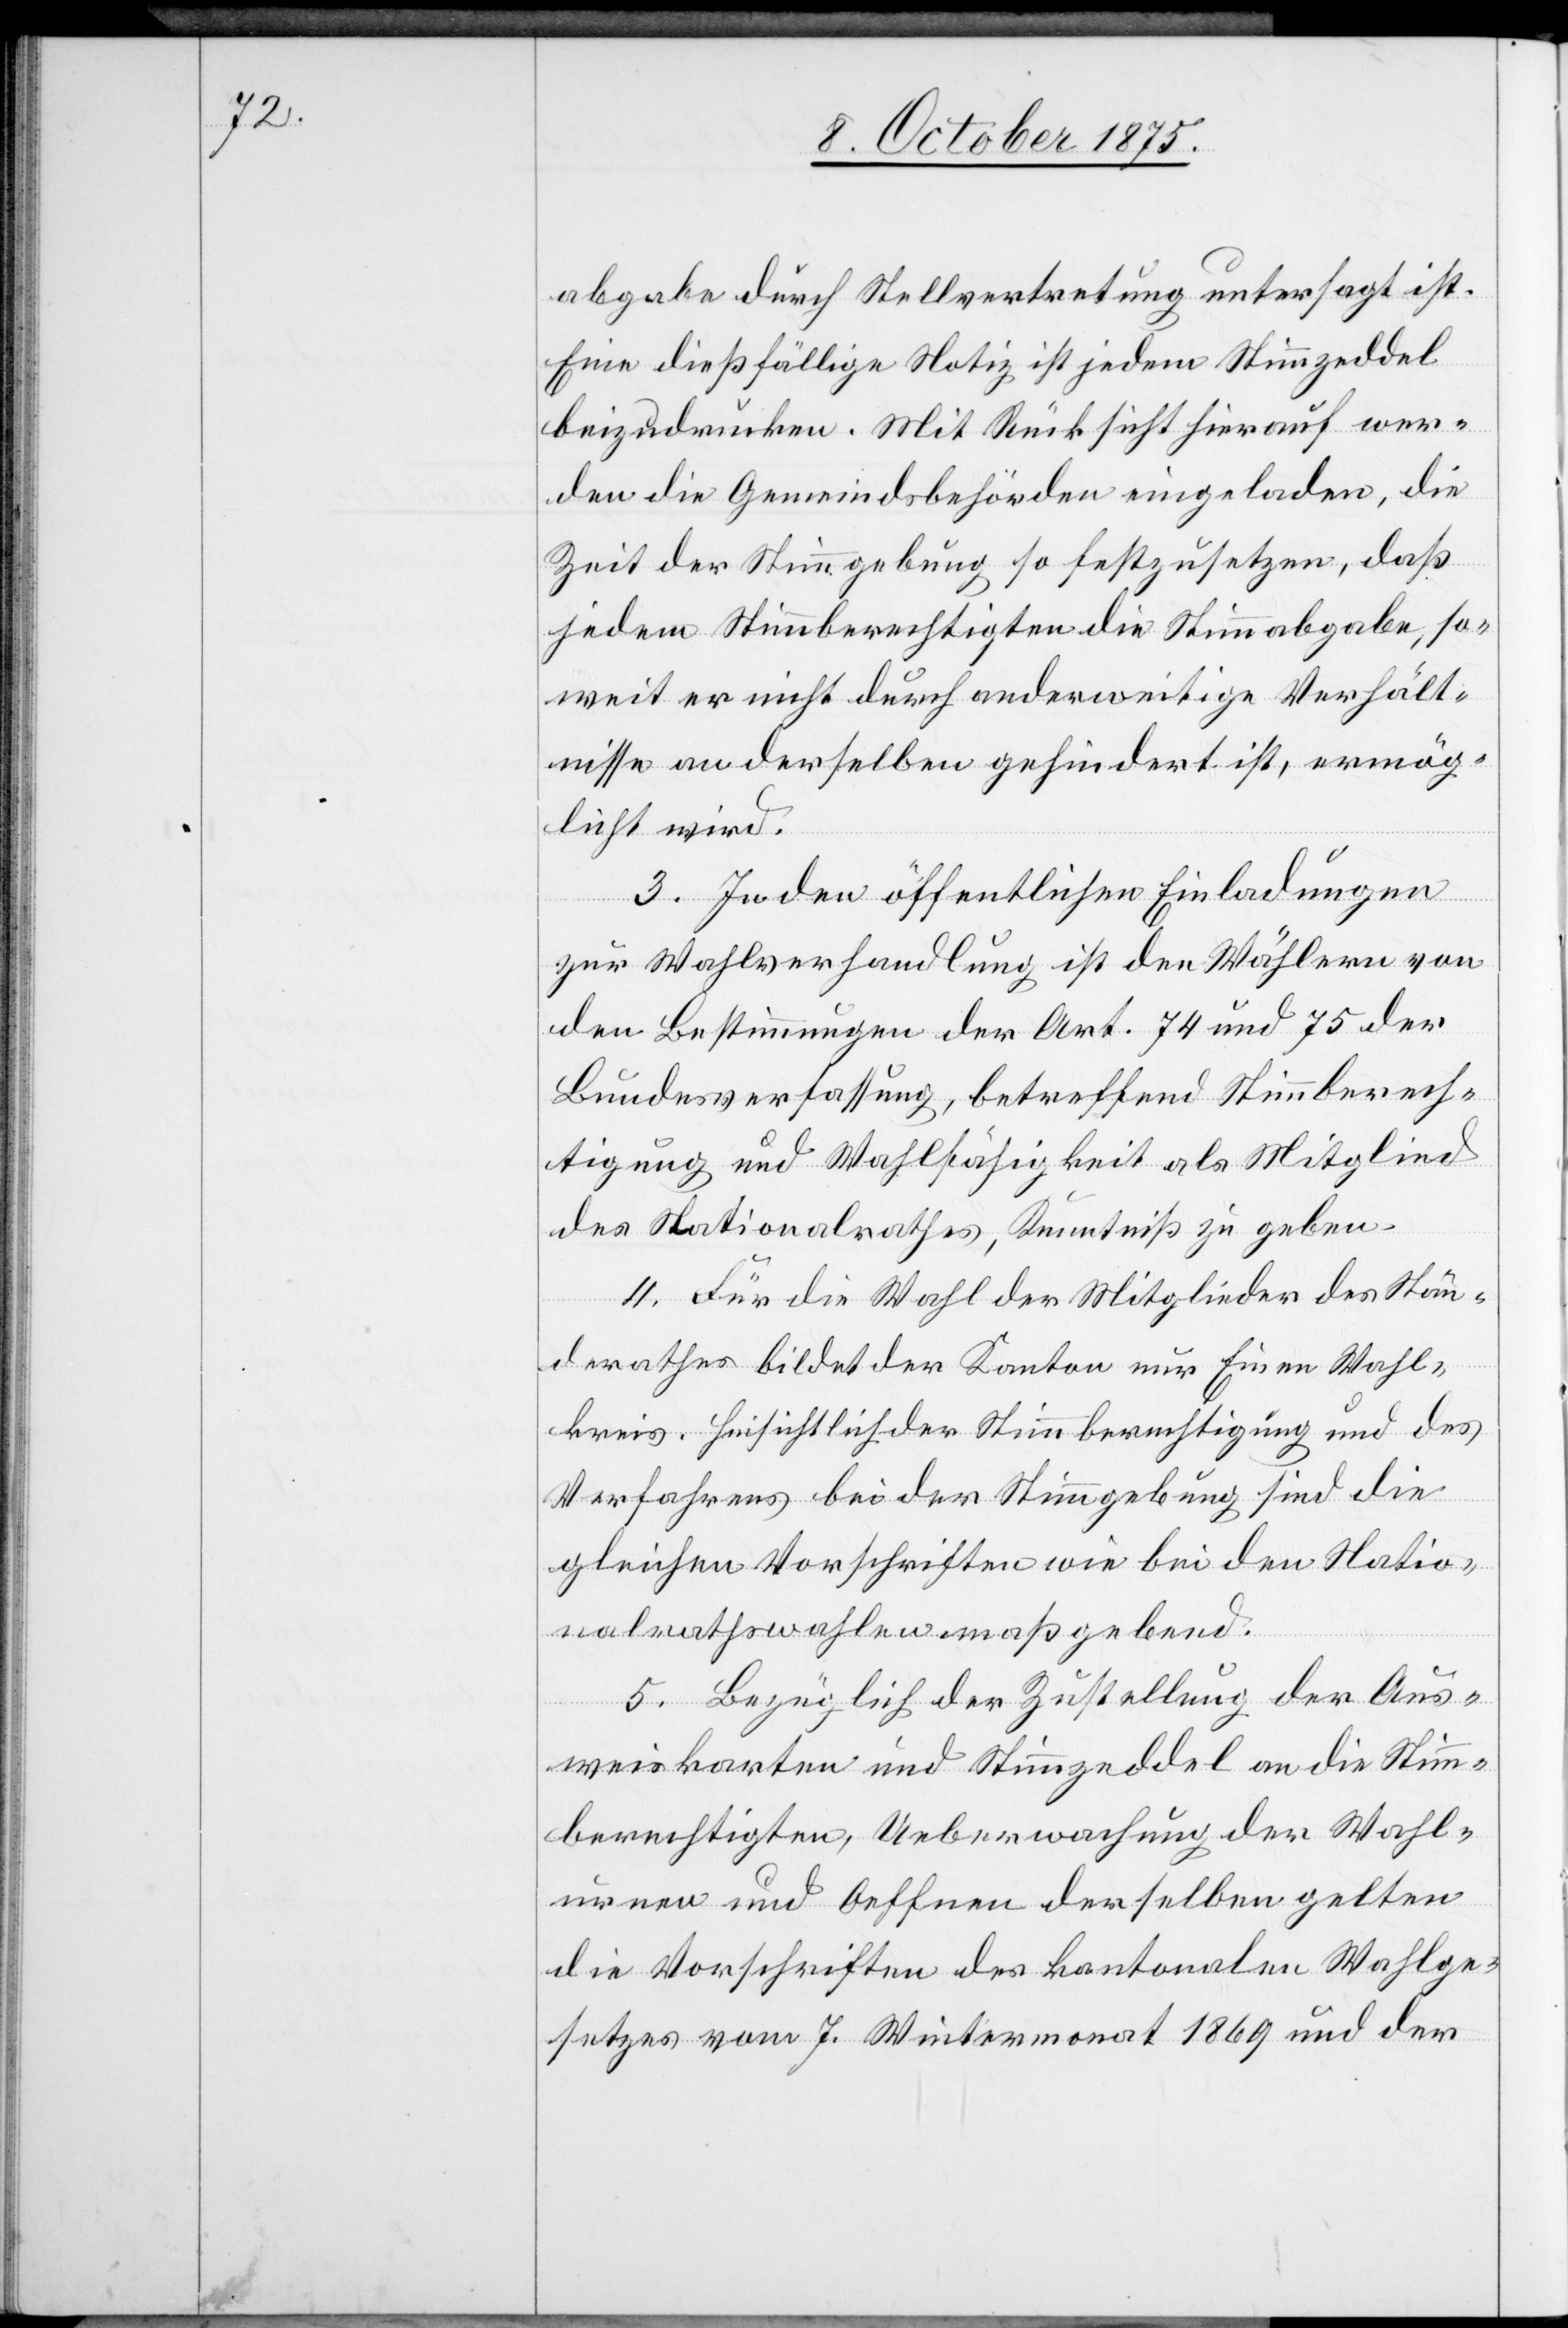
abgabe durch Stellvertretung untersagt ist.
Eine dießfällige Notiz ist jedem Stimmzeddel
beizudrucken. Mit Rücksicht hierauf wer¬
den die Gemeindsbehörden eingeladen, die
Zeit der Stimmgebung so festzusetzen, daß
jedem Stimmberechtigten die Stimmabgabe, so¬
weit er nicht durch anderweitige Verhält¬
nisse an derselben gehindert ist, ermög¬
licht wird.
3. In den öffentlichen Einladungen
zur Wahlverhandlung ist den Wählern von
den Bestimmungen der Art. 74 und 75 der
Bundesverfassung, betreffend Stimmberech¬
tigung und Wahlfähigkeit als Mitglied
des Nationalrathes, Kenntniß zu geben.
4. Für die Wahl der Mitglieder des Stän¬
derathes bildet der Kanton nur Einen Wahl¬
kreis. Hinsichtlich Stimmberechtigung und des
Verfahrens bei der Stimmgebung sind die
gleichen Vorschriften wie bei den Natio¬
nalrathswahlen maßgebend.
5. Bezüglich der Zustellung der Aus¬
weiskarten und Stimmzeddel an die Stimm¬
berechtigten, Ueberwachung der Wahl¬
urnen und Oeffnen derselben gelten
die Vorschriften des kantonalen Wahlge¬
setzes vom 7. Wintermonat 1869 und der